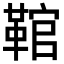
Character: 䩪